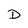
Character: D